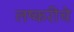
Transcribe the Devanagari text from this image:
लष्करीचे